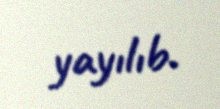
yayılıb.